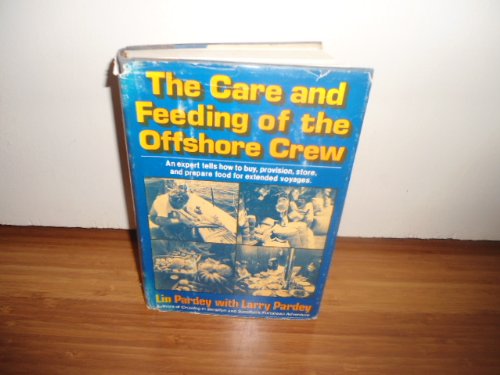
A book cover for The Care and Feeding of the Offshore Crew; Lin Pardey; Cookbooks, Food & Wine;